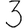
Digit: 3